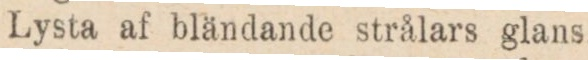
Lysta af bländande strålars glans.